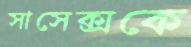
সাসেক্সকে